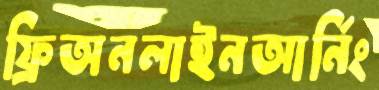
ফ্রিঅনলাইনআর্নিং